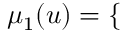
\begin{array} { r } { \mu _ { 1 } ( u ) = \left\{ \begin{array} { r l } \end{array} \right. } \end{array}